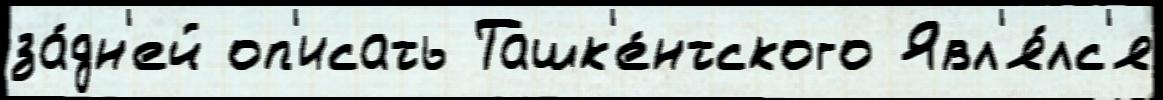
за́дн'ей оп'исать Ташк'е́нтского Явл'я́лс'я